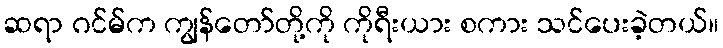
ဆရာ ဂင်မ်က ကျွန်တော်တို့ကို ကိုရီးယား စကား သင်ပေးခဲ့တယ်။